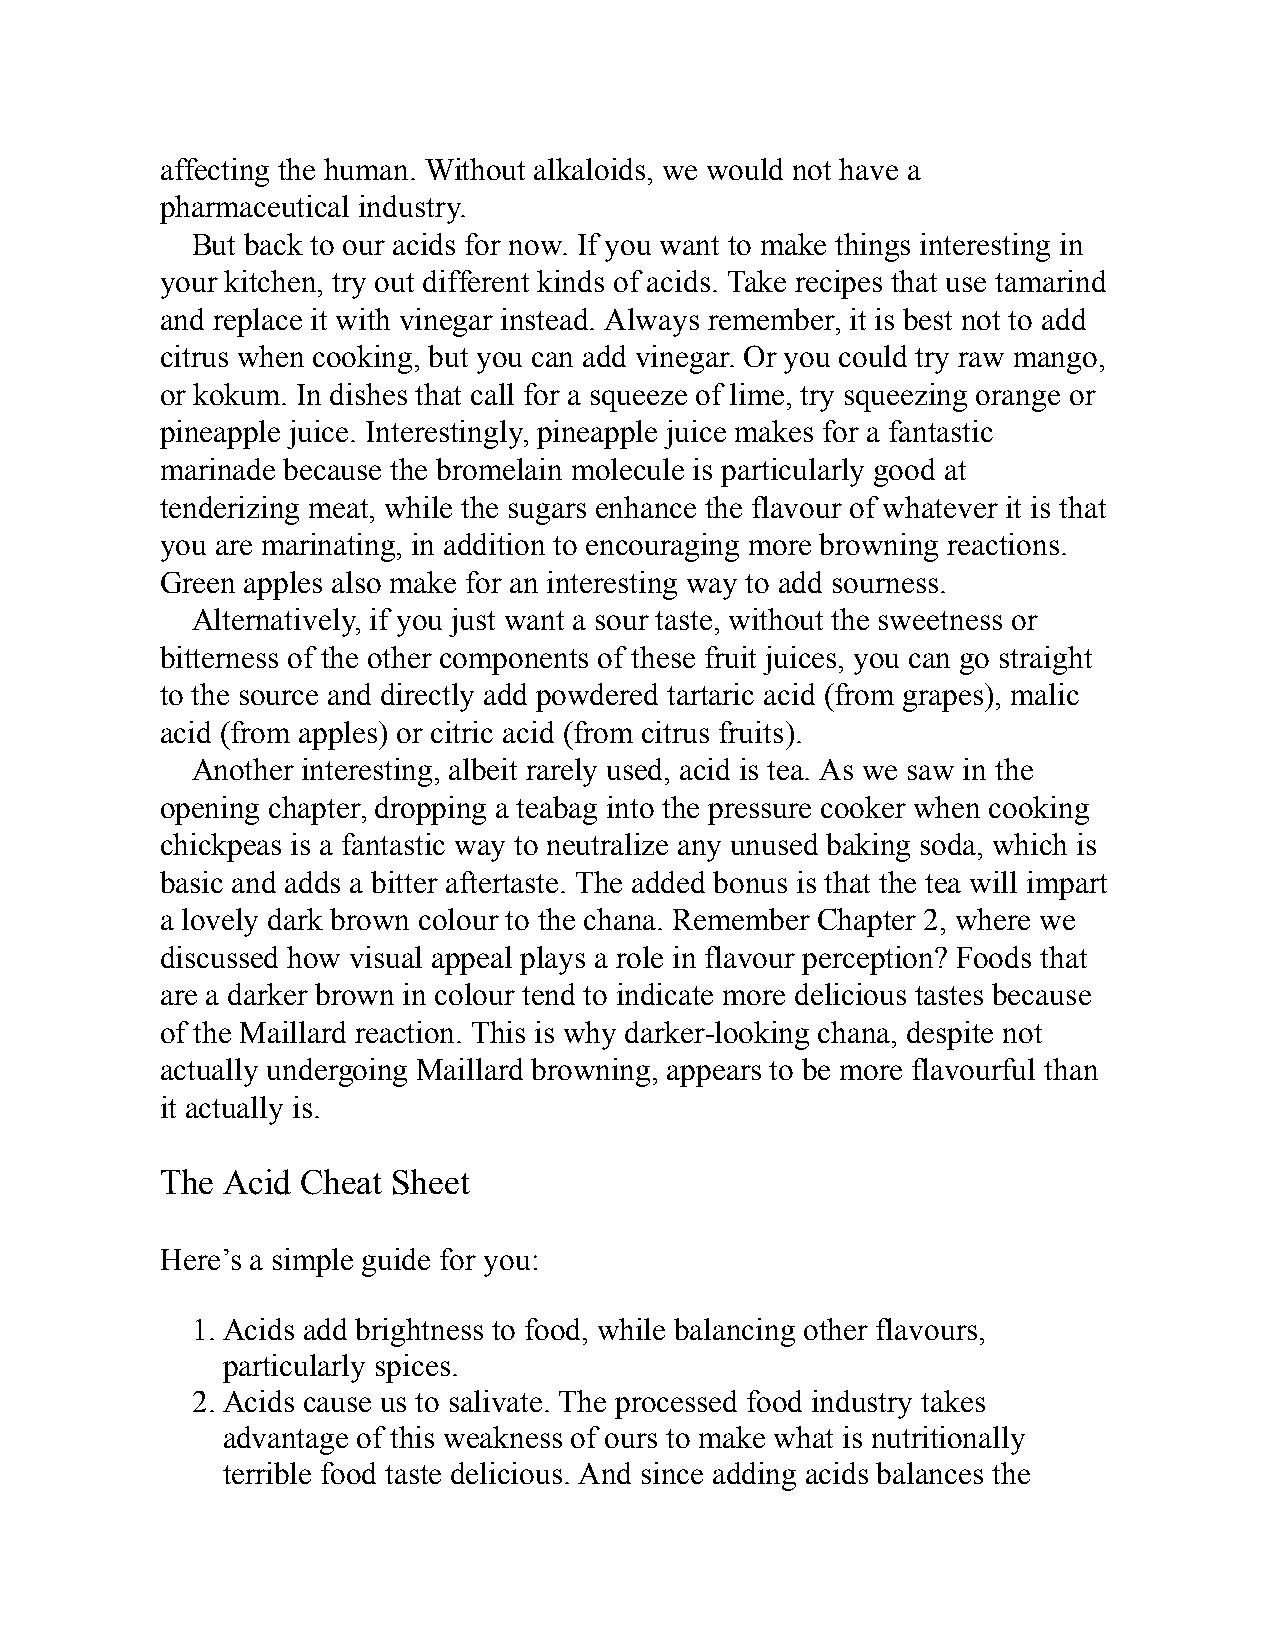
affecting the human. Without alkaloids, we would not have a
 pharmaceutical industry.
 But back to our acids for now. If you want to make things interesting in
 your kitchen, try out different kinds of acids. Take recipes that use tamarind
 and replace it with vinegar instead. Always remember, it is best not to add
 citrus when cooking, but you can add vinegar. Or you could try raw mango,
 or kokum. In dishes that call for a squeeze of lime, try squeezing orange or
 pineapple juice. Interestingly, pineapple juice makes for a fantastic
 marinade because the bromelain molecule is particularly good at
 tenderizing meat, while the sugars enhance the flavour of whatever it is that
 you are marinating, in addition to encouraging more browning reactions.
 Green apples also make for an interesting way to add sourness.
 Alternatively, if you just want a sour taste, without the sweetness or
 bitterness of the other components of these fruit juices, you can go straight
 to the source and directly add powdered tartaric acid (from grapes), malic
 acid (from apples) or citric acid (from citrus fruits).
 Another interesting, albeit rarely used, acid is tea. As we saw in the
 opening chapter, dropping a teabag into the pressure cooker when cooking
 chickpeas is a fantastic way to neutralize any unused baking soda, which is
 basic and adds a bitter aftertaste. The added bonus is that the tea will impart
 a lovely dark brown colour to the chana. Remember Chapter 2, where we
 discussed how visual appeal plays a role in flavour perception? Foods that
 are a darker brown in colour tend to indicate more delicious tastes because
 of the Maillard reaction. This is why darker-looking chana, despite not
 actually undergoing Maillard browning, appears to be more flavourful than
 it actually is.
 The Acid Cheat Sheet
 Here’s a simple guide for you:
 1. Acids add brightness to food, while balancing other flavours,
 particularly spices.
 2. Acids cause us to salivate. The processed food industry takes
 advantage of this weakness of ours to make what is nutritionally
 terrible food taste delicious. And since adding acids balances the